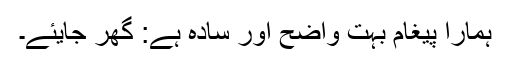
ہمارا پیغام بہت واضح اور سادہ ہے: گھر جایئے۔